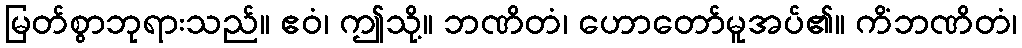
မြတ်စွာဘုရားသည်။ ဧဝံ၊ ဤသို့။ ဘဏိတံ၊ ဟောတော်မူအပ်၏။ ကိံဘဏိတံ၊